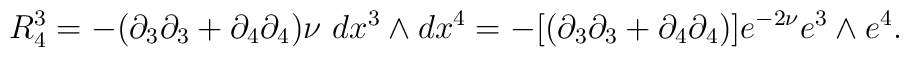
R^{3}_{4} = -(\partial_{3}\partial_{3}+\partial_{4}\partial_{4})\nu ~ dx^{3} \wedge dx^{4}=- [(\partial_{3}\partial_{3}+\partial_{4}\partial_{4})] e^{-2\nu} e^{3} \wedge  e^{4}.